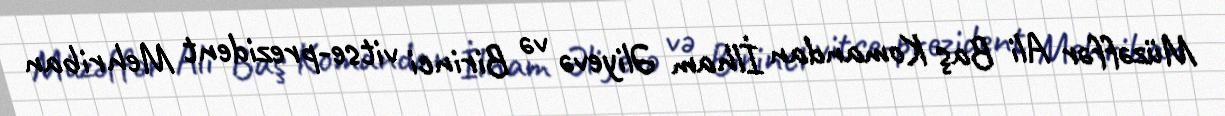
Müzəffər Ali Baş Komandan İlham Əliyevə və Birinci vitse-prezident Mehriban